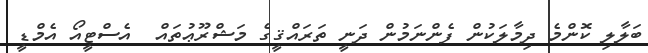
ބަލާލި ކޮންމެ ދިމާލަކުން ފެންނަމުން ދަނީ ތަރައްޤީގެ މަޝްރޫޢުތައް  އެސްޓީއޯ އެމްޑީ